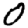
Digit: 0